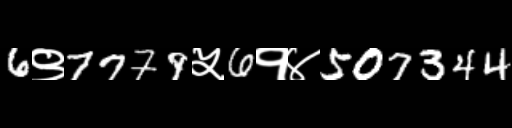
Text: 6९7779५6१४507344